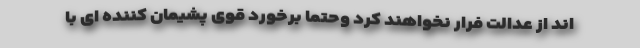
اند از عدالت فرار نخواهند کرد وحتما برخورد قوی پشیمان کننده ای با